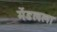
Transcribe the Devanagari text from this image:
मेंडलला